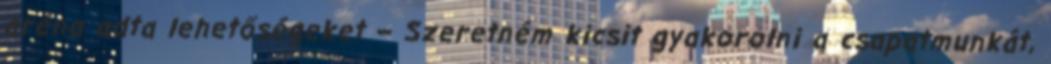
aréna adta lehetőségeket – Szeretném kicsit gyakorolni a csapatmunkát,